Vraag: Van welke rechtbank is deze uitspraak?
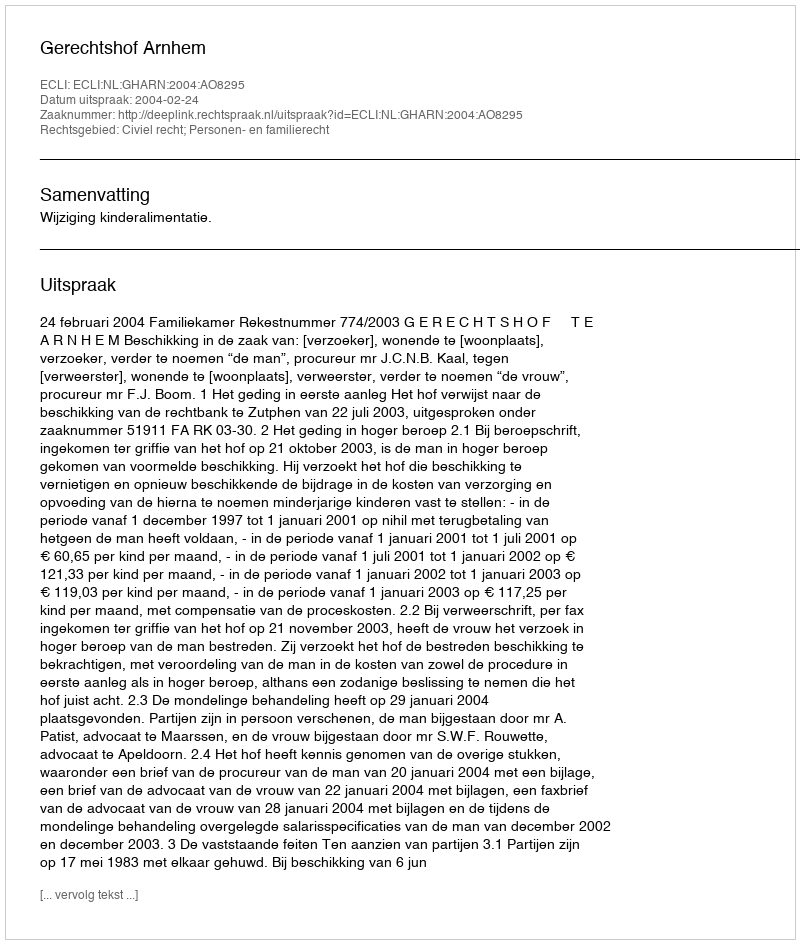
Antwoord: Gerechtshof Arnhem